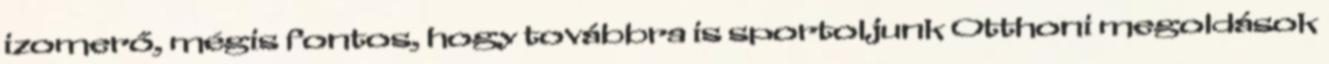
izomerő, mégis fontos, hogy továbbra is sportoljunk Otthoni megoldások